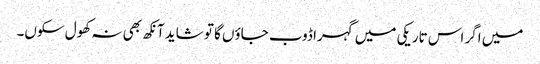
میں اگر اس تاریکی میں گہرا ڈوب جاؤں گا تو شاید آنکھ بھی نہ کھول سکوں۔